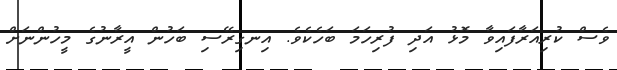
ވެސް ކުރިއަރާފައިވާ މޮޅު އަދި ފުރިހަމަ ބަހެކެވެ. އިނގިރޭސި ބަހުން އީރާނުގެ މީހުންނަށް